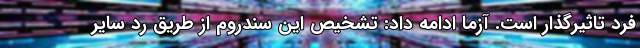
فرد تاثیرگذار است. آزما ادامه داد: تشخیص این سندروم از طریق رد سایر